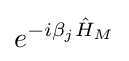
e^{-i\beta _{j}{\hat {H}}_{M}}